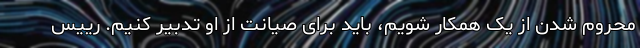
محروم شدن از یک همکار شویم، باید برای صیانت از او تدبیر کنیم. رییس